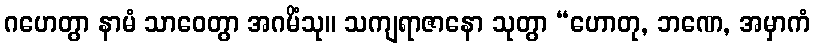
ဂဟေတွာ နာမံ သာဝေတွာ အဂမိံသု။ သကျရာဇာနော သုတွာ “ဟောတု, ဘဏေ, အမှာကံ